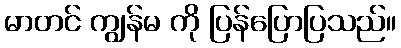
မာတင် ကျွန်မ ကို ပြန်ပြောပြသည်။